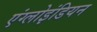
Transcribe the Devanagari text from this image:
एंग्लोइंडियन